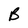
Character: B